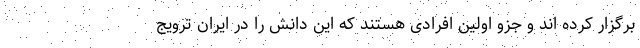
برگزار کرده اند و جزو اولین افرادی هستند که این دانش را در ایران ترویج